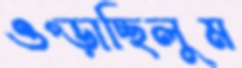
ওপ্‌ড়াচ্ছিলুম